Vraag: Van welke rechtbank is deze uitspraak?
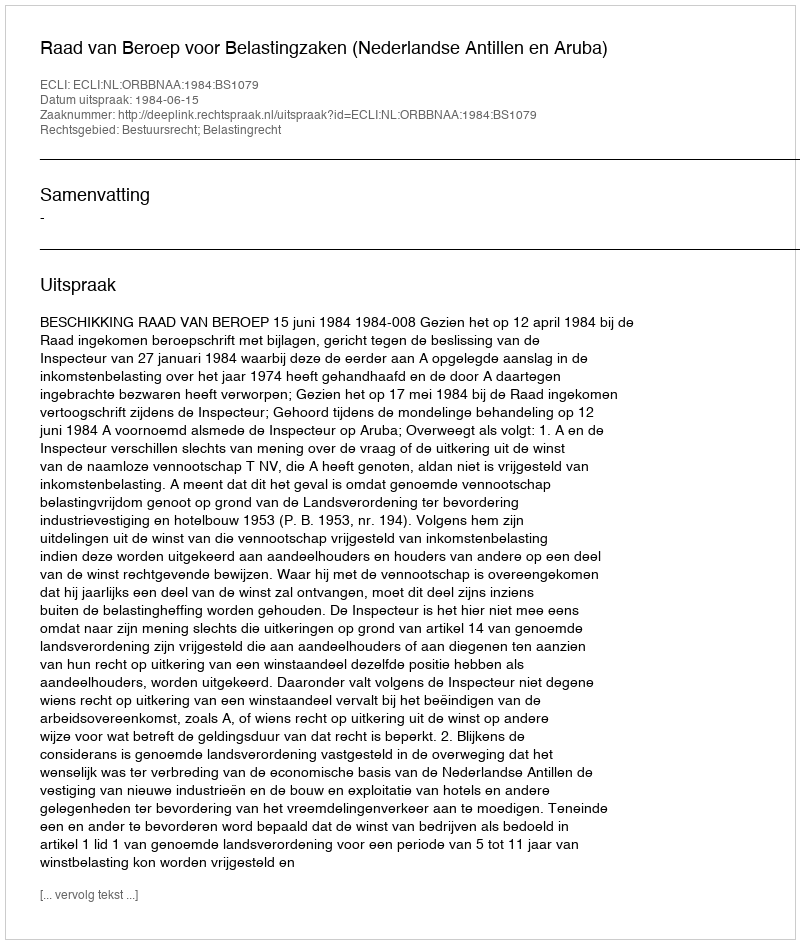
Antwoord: Raad van Beroep voor Belastingzaken (Nederlandse Antillen en Aruba)